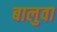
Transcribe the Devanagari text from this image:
बालुवा